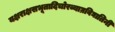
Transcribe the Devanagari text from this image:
यक्षराक्षसभूतादिचोरव्याघ्रविघातिनी